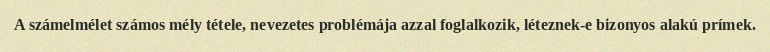
A számelmélet számos mély tétele, nevezetes problémája azzal foglalkozik, léteznek-e bizonyos alakú prímek.